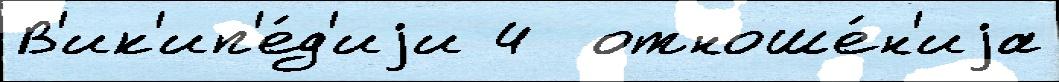
В'ик'ип'е́д'иjи 4  отноше́н'иjа